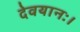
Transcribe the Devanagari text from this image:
देवयानः।